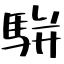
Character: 駢